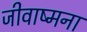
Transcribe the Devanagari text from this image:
जीवाष्मना